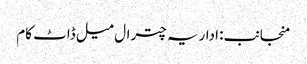
منجانب: اداریہ چترال میل ڈاٹ کام